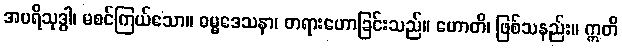
အပရိသုဒ္ဓါ၊ မစင်ကြယ်သော။ ဓမ္မဒေသနာ၊ တရားဟောခြင်းသည်။ ဟောတိ၊ ဖြစ်သနည်း။ ဣတိ